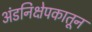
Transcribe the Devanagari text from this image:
अंडनिक्षेपकातून